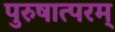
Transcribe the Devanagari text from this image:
पुरुषात्परम्